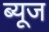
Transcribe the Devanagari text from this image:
ब्यूज